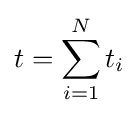
t=\sum _{i=1}^{N}t_{i}